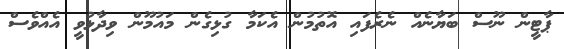
ޕާޓީން ނޫސް ބަޔާނެއް ނެރެފައި އޮތުމުން އެކަމާ ގުޅިގެން މައުމޫން ވިދާޅުވީ އެއްވެސް